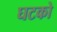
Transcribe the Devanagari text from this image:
घटको